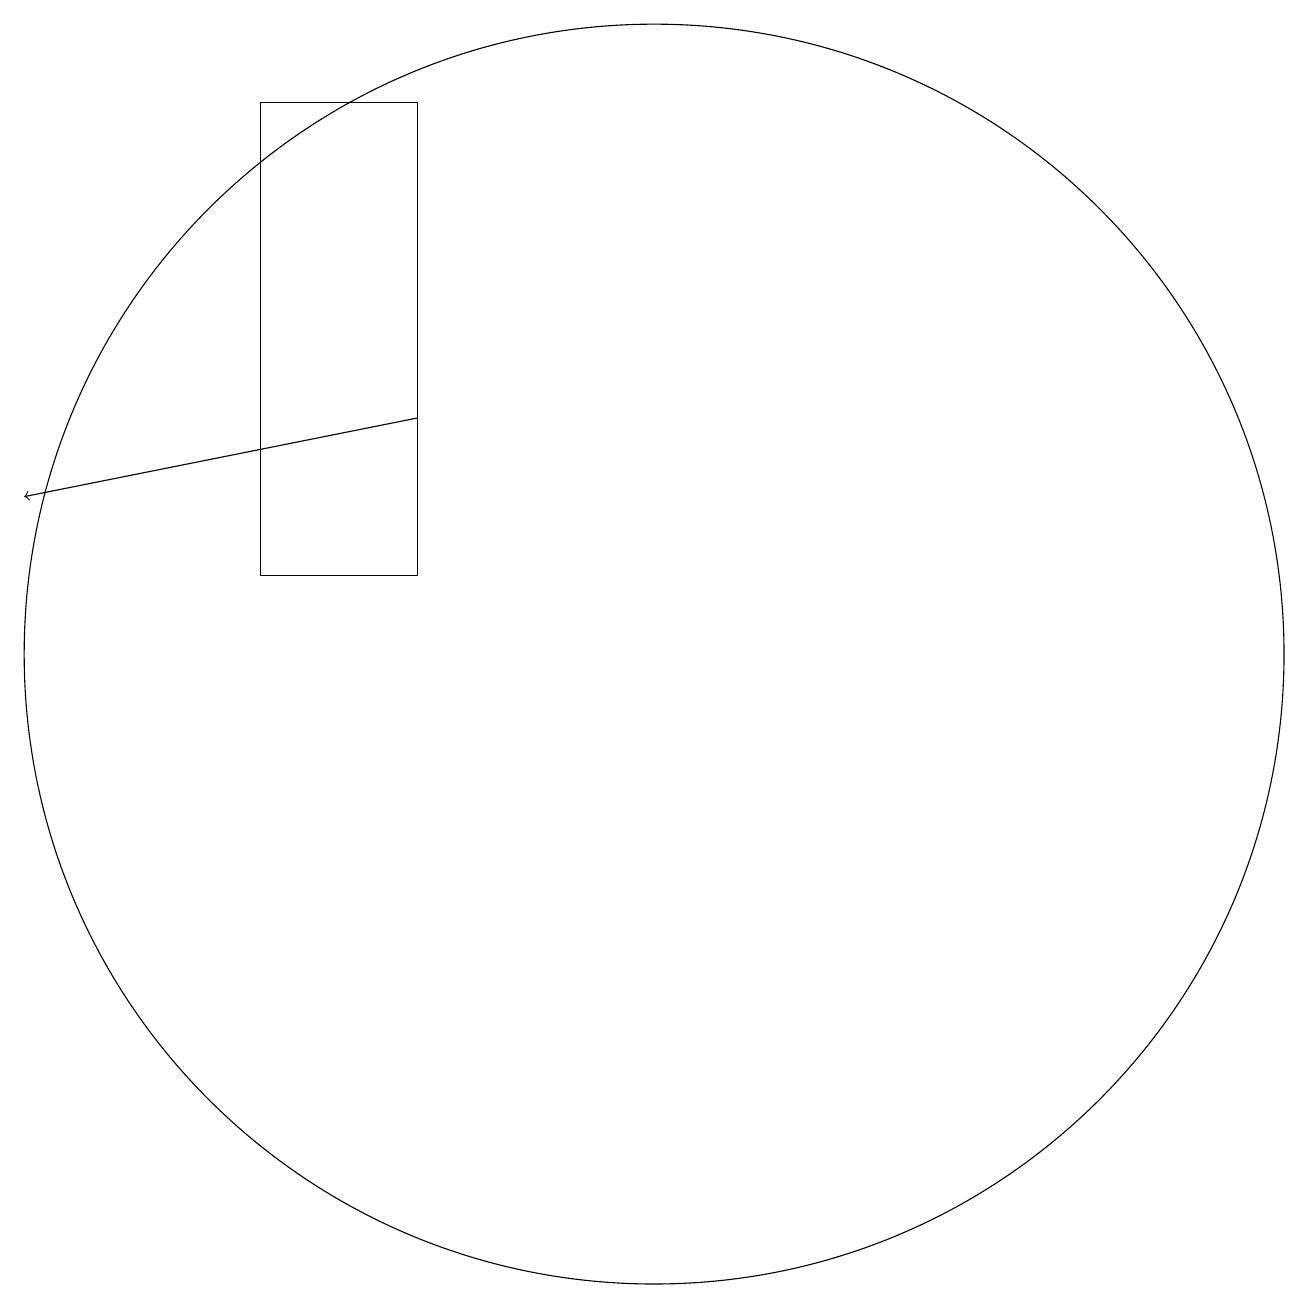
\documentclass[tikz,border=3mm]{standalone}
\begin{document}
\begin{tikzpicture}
\draw (6,13) rectangle (8,19);
\draw (11,12) circle (8);
\draw[->] (8,15) -- (3,14);
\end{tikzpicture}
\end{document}